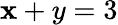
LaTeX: \mathbf{x}+y=3